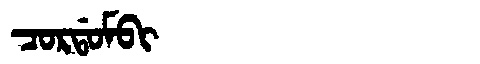
Manchu: ᠴᠣᡵᡩᠣᠮᠪᡳ
Romanization: CORDOMBI